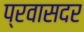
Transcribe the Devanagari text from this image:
प्रवासदर